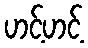
ဟင့်ဟင့်